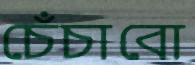
চেঁচাবো